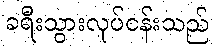
ခရီးသွားလုပ်ငန်းသည်